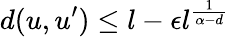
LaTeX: d(u,u^{\prime})\leq l-\epsilon l^{\frac{1}{\alpha-d}}